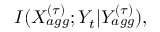
I ( X _ { a g g } ^ { ( \tau ) } ; Y _ { t } | Y _ { a g g } ^ { ( \tau ) } ) ,